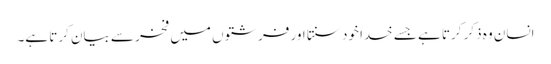
انسان وہ ذکر کرتا ہے جسے خدا خود سنتا اور فرشتوں میں فخر سے بیان کرتا ہے۔